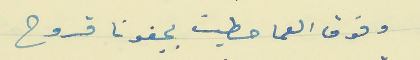
وفوق العما حطيت بجفونا قروح